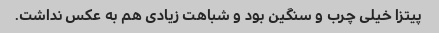
پیتزا خیلی چرب و سنگین بود و شباهت زیادی هم به عکس نداشت.